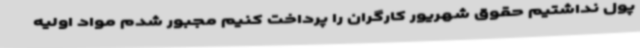
پول نداشتیم حقوق شهریور کارگران را پرداخت کنیم مجبور شدم مواد اولیه